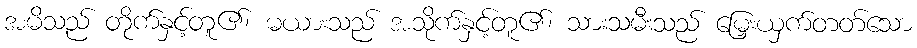
အမိသည် တိုက်နှင့်တူ၏၊ မယားသည် အသိုက်နှင့်တူ၏၊ သားသမီးသည် မြှေးယှက်တတ်သော